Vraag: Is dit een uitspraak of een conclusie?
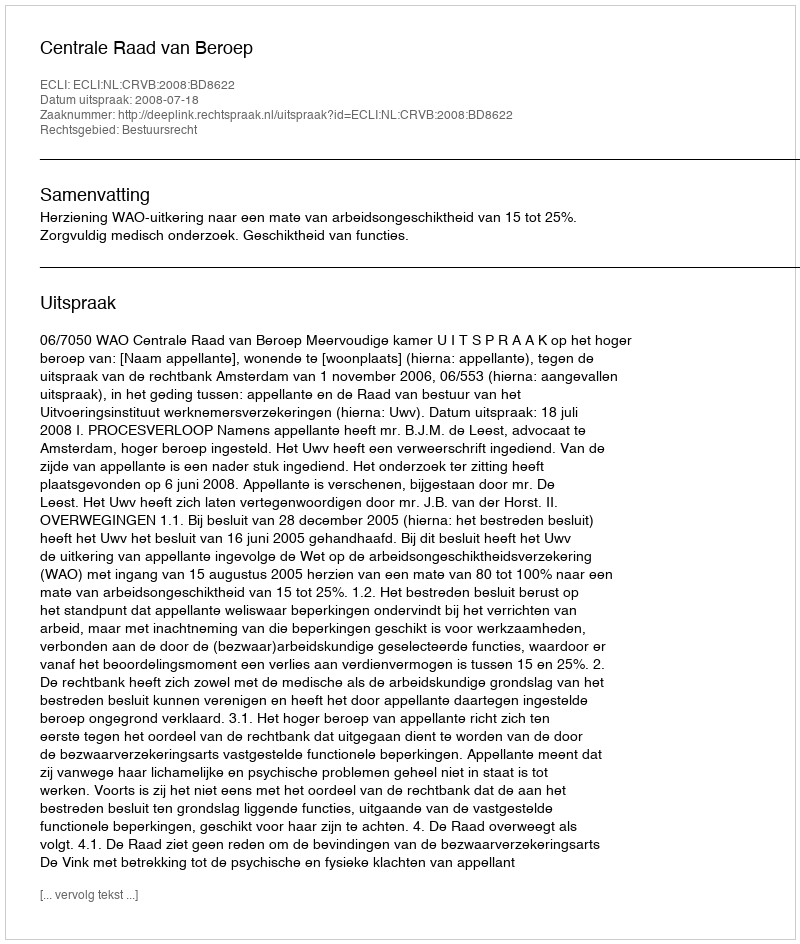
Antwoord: Uitspraak